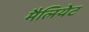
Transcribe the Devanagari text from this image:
मैलियेट